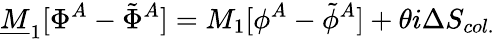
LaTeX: {\underline{{M}}}_{1}[\Phi^{A}-\tilde{\Phi}^{A}]=M_{1}[\phi^{A}-\tilde{\phi}^{A}]+\theta i\Delta S_{col.}